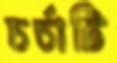
চর্চাটি